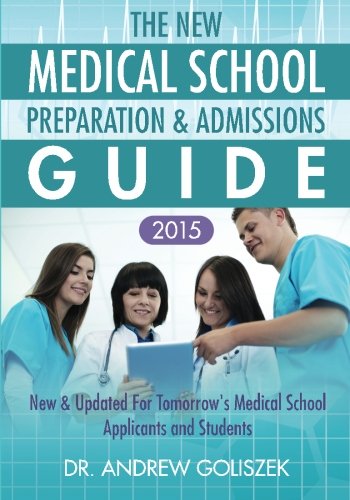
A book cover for The New Medical School Preparation & Admissions Guide, 2015: New & Updated for Tomorrow's Medical School Applicants & Students; Dr. Andrew Goliszek; Test Preparation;